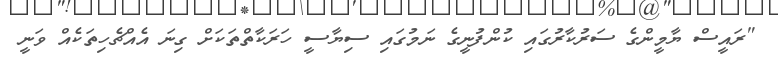
"ރައީސް ޔާމީންގެ ސަރުކާރުގައި ކުންފުނީގެ ނަމުގައި ސިޔާސީ ހަރަކާތްތަކަށް ގިނަ އެއްޗެހިތަކެއް ވަނީ